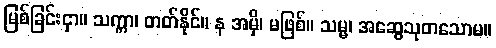
မြစ်ခြင်းငှာ။ သက္ကာ၊ တတ်နိုင်။ န အမှိ၊ မဖြစ်။ သမ္မ၊ အဆွေသုတသောမ။